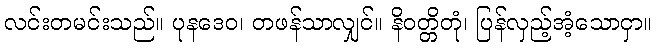
လင်းတမင်းသည်။ ပုနဒေဝ၊ တဖန်သာလျှင်။ နိဝတ္တိတုံ၊ ပြန်လှည့်အံ့သောငှာ။